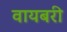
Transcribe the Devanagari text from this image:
वायबरी